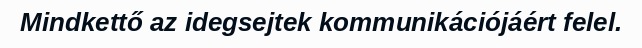
Mindkettő az idegsejtek kommunikációjáért felel.